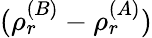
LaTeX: (\rho_{r}^{(B)}-\rho_{r}^{(A)})